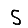
Digit: 5